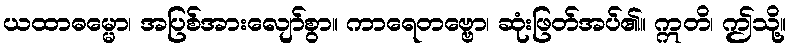
ယထာဓမ္မော၊ အပြစ်အားလျော်စွာ။ ကာရေတဗ္ဗော၊ ဆုံးဖြတ်အပ်၏။ ဣတိ၊ ဤသို့။